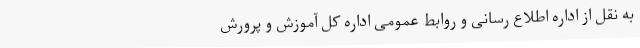
به نقل از اداره اطلاع رسانی و روابط عمومی اداره کل آموزش و پرورش